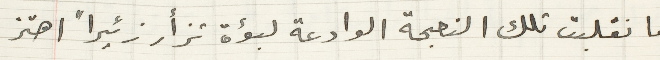
فانقلبت تلك النعجة الوادعة لبؤة تزأر زئيراً اهتز